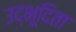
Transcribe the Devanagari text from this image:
उद्भूदिता